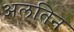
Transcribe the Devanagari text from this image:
अलतिन